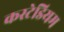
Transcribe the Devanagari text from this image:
कस्टेडियम